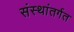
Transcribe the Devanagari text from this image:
संस्थांतर्गत